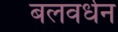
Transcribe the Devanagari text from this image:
बलवर्धन